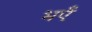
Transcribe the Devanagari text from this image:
भएँ